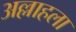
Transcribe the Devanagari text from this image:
अल्लाहला